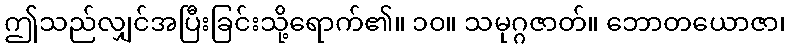
ဤသည်လျှင်အပြီးခြင်းသို့ရောက်၏။ ၁၀။ သမုဂ္ဂဇာတ်။ ဘောတယောဇာ၊